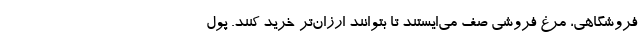
فروشگاهی، مرغ فروشی صف می‌ایستند تا بتوانند ارزان‌تر خرید کنند. پول